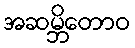
အဆမ္ဘိတောဝ